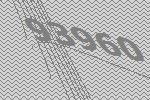
93960